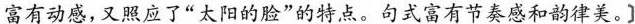
富有动感,又照应了“太阳的脸”的特点。句式富有节奏感和韵律美。]